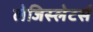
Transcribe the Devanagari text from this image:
लेजिस्लेटर्स